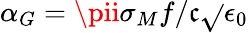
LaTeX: \alpha_{G}=\pii\sigma_{M}f/\mathfrak{c}\sqrt{}{{\epsilon_{0}}}